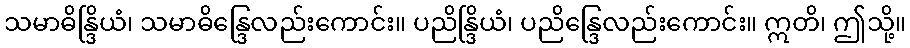
သမာဓိန္ဒြိယံ၊ သမာဓိန္ဒြေလည်းကောင်း။ ပညိန္ဒြိယံ၊ ပညိန္ဒြေလည်းကောင်း။ ဣတိ၊ ဤသို့။